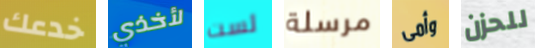
خدعك لأخذي لست مرسلة وأمى للحزن